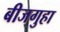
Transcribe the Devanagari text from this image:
बीजगुहा